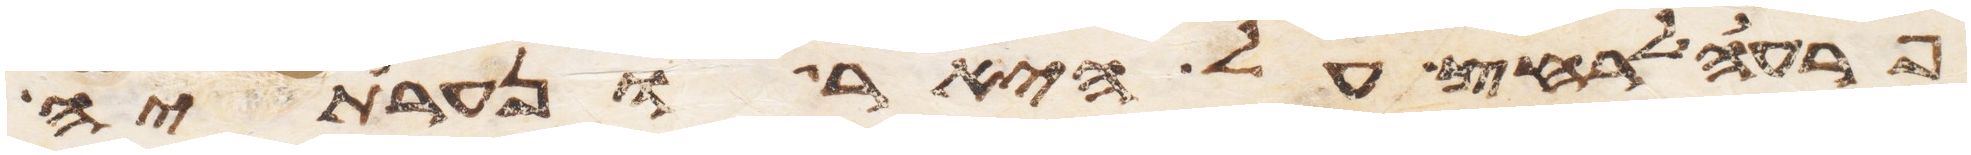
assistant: פרעה לרחץ על היאר ונערתיה